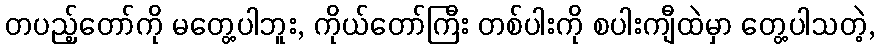
တပည့်တော်ကို မတွေ့ပါဘူး, ကိုယ်တော်ကြီး တစ်ပါးကို စပါးကျီထဲမှာ တွေ့ပါသတဲ့,